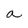
Character: a